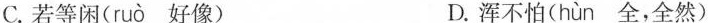
C.若等闲( ruo 好像) D.浑不怕( hun 全，全然)